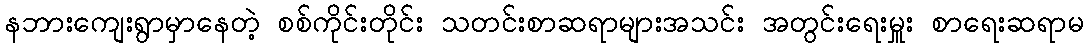
နဘားကျေးရွာမှာနေတဲ့ စစ်ကိုင်းတိုင်း သတင်းစာဆရာများအသင်း အတွင်းရေးမှူး စာရေးဆရာမ